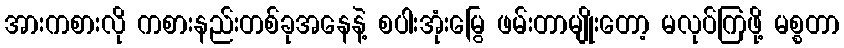
အားကစားလို ကစားနည်းတစ်ခုအနေနဲ့ စပါးအုံးမြွေ ဖမ်းတာမျိုးတော့ မလုပ်ကြဖို့ မစ္စတာ